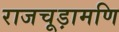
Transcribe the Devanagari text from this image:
राजचूड़ामणि